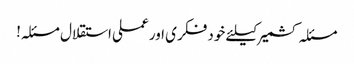
مسئلہ کشمیر کیلئے خود فکری اور عملی استقلال مسئلہ!